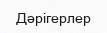
Дәрігерлер